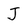
Character: J